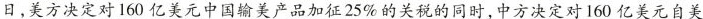
日,美方决定对160 亿美元中国输美产品加征25%的关税的同时，中方决定对160 亿美元自美